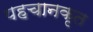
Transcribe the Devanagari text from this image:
पहचानकृत